Scientific memoirs by medical officers of the Army of India - Part VI,
Year: 1891
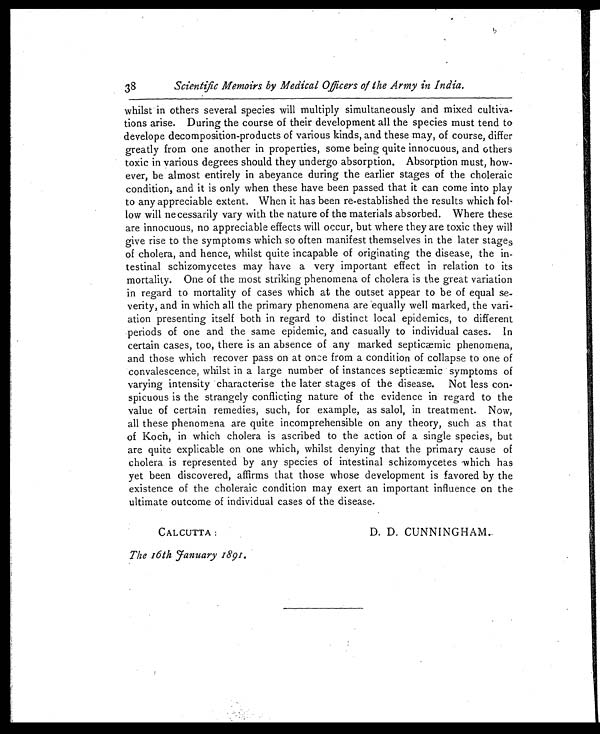
38
Scientific Memoirs by Medical Officers of the Army in India.
whilst in others several species will multiply simultaneously and mixed cultiva-
tions arise. During the course of their development all the species must tend to
develope decomposition-products of various kinds, and these may, of course, differ
greatly from one another in properties, some being quite innocuous, and others
toxic in various degrees should they undergo absorption. Absorption must, how-
ever, be almost entirely in abeyance during the earlier stages of the choleraic
condition, and it is only when these have been passed that it can come into play
to any appreciable extent, When it has been re-established the results which fol-
low will necessarily vary with the nature of the materials absorbed. Where these
are innocuous, no appreciable effects will occur, but where they are toxic they will
give rise to the symptoms which so often manifest themselves in the later stages
of cholera, and hence, whilst quite incapable of originating the disease, the in-
testinal schizomycetes may have a very important effect in relation to its
mortality. One of the most striking phenomena of cholera is the great variation
in regard to mortality of cases which at the outset appear to be of equal se-
verity, and in which all the primary phenomena are equally well marked, the vari-
ation presenting itself both in regard to distinct local epidemics, to different
periods of one and the same epidemic, and casually to individual cases. In
certain cases, too, there is an absence of any marked septicaemic phenomena,
and those which recover pass on at once from a condition of collapse to one of
convalescence, whilst in a large number of instances septicmic symptoms of
varying intensity characterise the later stages of the disease. Not less con-
spicuous is the strangely conflicting nature of the evidence in regard to the
value of certain remedies, such, for example, as salol, in treatment. Now,
all these phenomena are quite incomprehensible on any theory, such as that
of Koch, in which cholera is ascribed to the action of a single species, but
are quite explicable on one which, whilst denying that the primary cause of
cholera is represented by any species of intestinal schizomycetes which has
yet been discovered, affirms that those whose development is favored by the
existence of the choleraic condition may exert an important influence on the
ultimate outcome of individual cases of the disease.
CALCUTTA :
D. D. CUNNINGHAM.
The 16th January 1891.